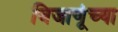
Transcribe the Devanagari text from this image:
विजाणूंच्या